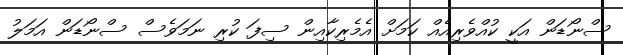
ސްނޯޑަން އަކީ ކުއްވެރިއެއް ކަމަށް އެމެރިކާއިން ސިފަ ކުރި ނަމަވެސް ސްނޯޑަން އަމަލު